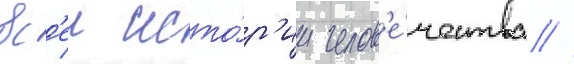
вс'еи исто́р'ии челов'е́чества //